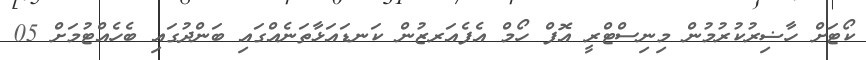
ކޯޓަށް ހާޟިރުކުރުމުން މިނިސްޓްރީ އޮފް ހޯމް އެފެއަރޒުން ކަނޑައަޅާތަނެއްގައި ބަންދުގައި ބެހެއްޓުމަށް 05